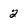
Character: 2